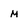
Character: m